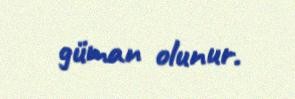
güman olunur.